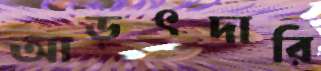
আড়ৎদারি